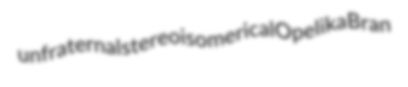
unfraternal stereoisomerical Opelika Bran